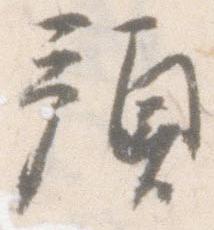
預